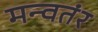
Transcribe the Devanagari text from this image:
मन्वतंर